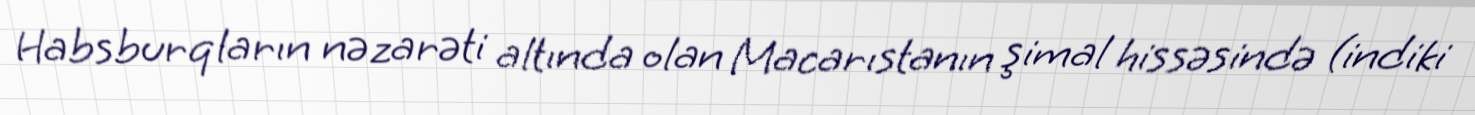
Habsburqların nəzarəti altında olan Macarıstanın şimal hissəsində (indiki